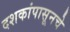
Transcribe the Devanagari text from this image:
दशकांपासूनचे